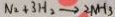
N _ { 2 } + 3 H _ { 2 } \rightarrow 2 N H _ { 3 }